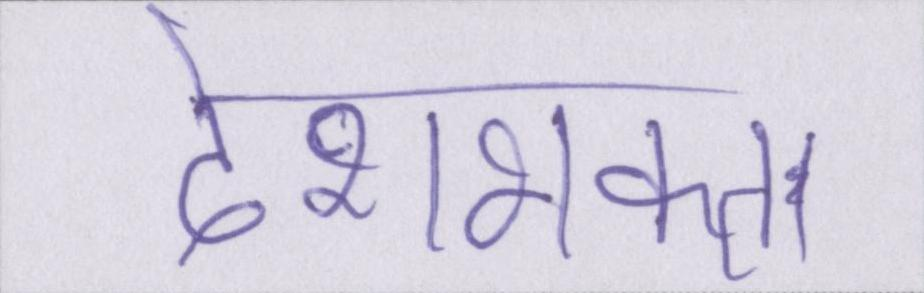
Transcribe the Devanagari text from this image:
देशभक्त